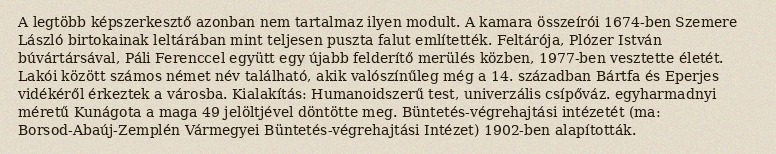
A legtöbb képszerkesztő azonban nem tartalmaz ilyen modult. A kamara összeírói 1674-ben Szemere László birtokainak leltárában mint teljesen puszta falut említették. Feltárója, Plózer István búvártársával, Páli Ferenccel együtt egy újabb felderítő merülés közben, 1977-ben vesztette életét. Lakói között számos német név található, akik valószínűleg még a 14. században Bártfa és Eperjes vidékéről érkeztek a városba. Kialakítás: Humanoidszerű test, univerzális csípőváz. egyharmadnyi méretű Kunágota a maga 49 jelöltjével döntötte meg. Büntetés-végrehajtási intézetét (ma: Borsod-Abaúj-Zemplén Vármegyei Büntetés-végrehajtási Intézet) 1902-ben alapították.